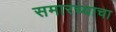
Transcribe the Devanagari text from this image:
समारच्याचा